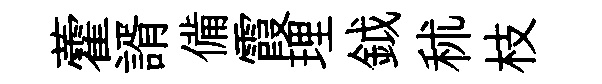
藿諝備霞理鉞秫枝